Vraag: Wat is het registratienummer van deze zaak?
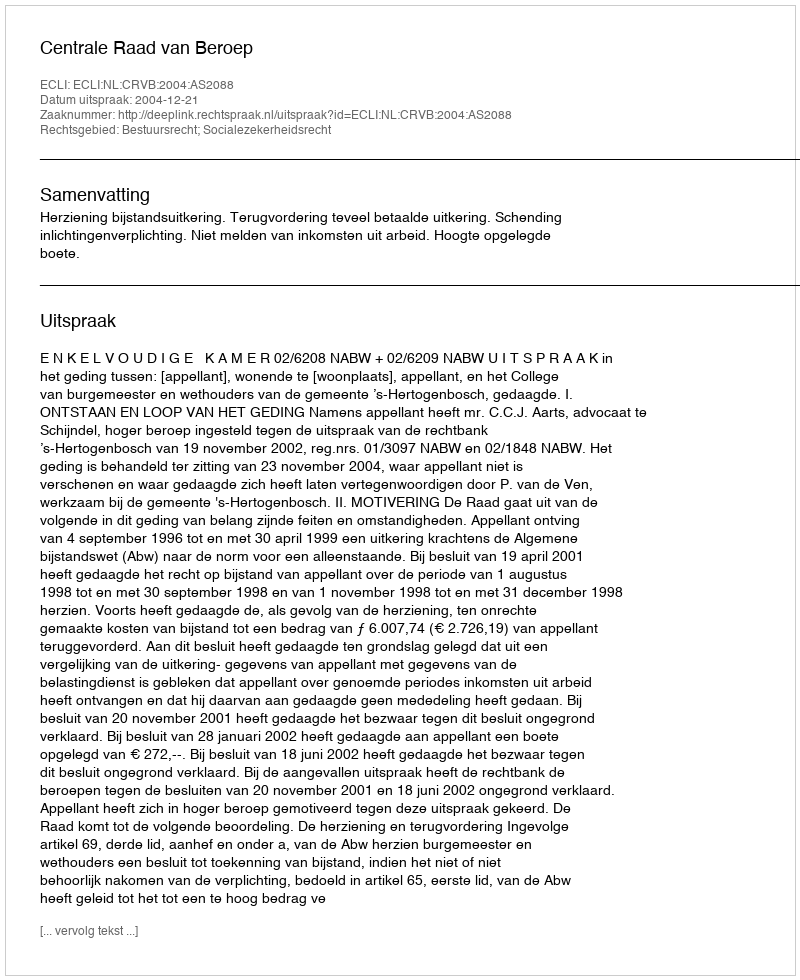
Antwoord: http://deeplink.rechtspraak.nl/uitspraak?id=ECLI:NL:CRVB:2004:AS2088